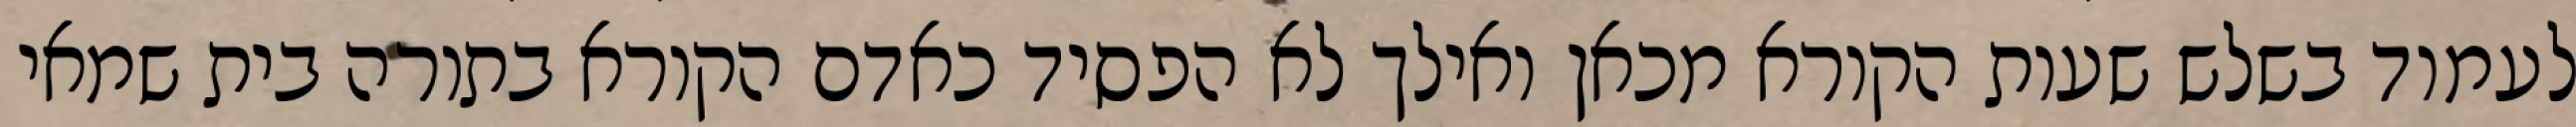
לעמוד בשלש שעות הקורא מכאן ואילך לא הפסיד כאדם הקורא בתורה בית שמאי